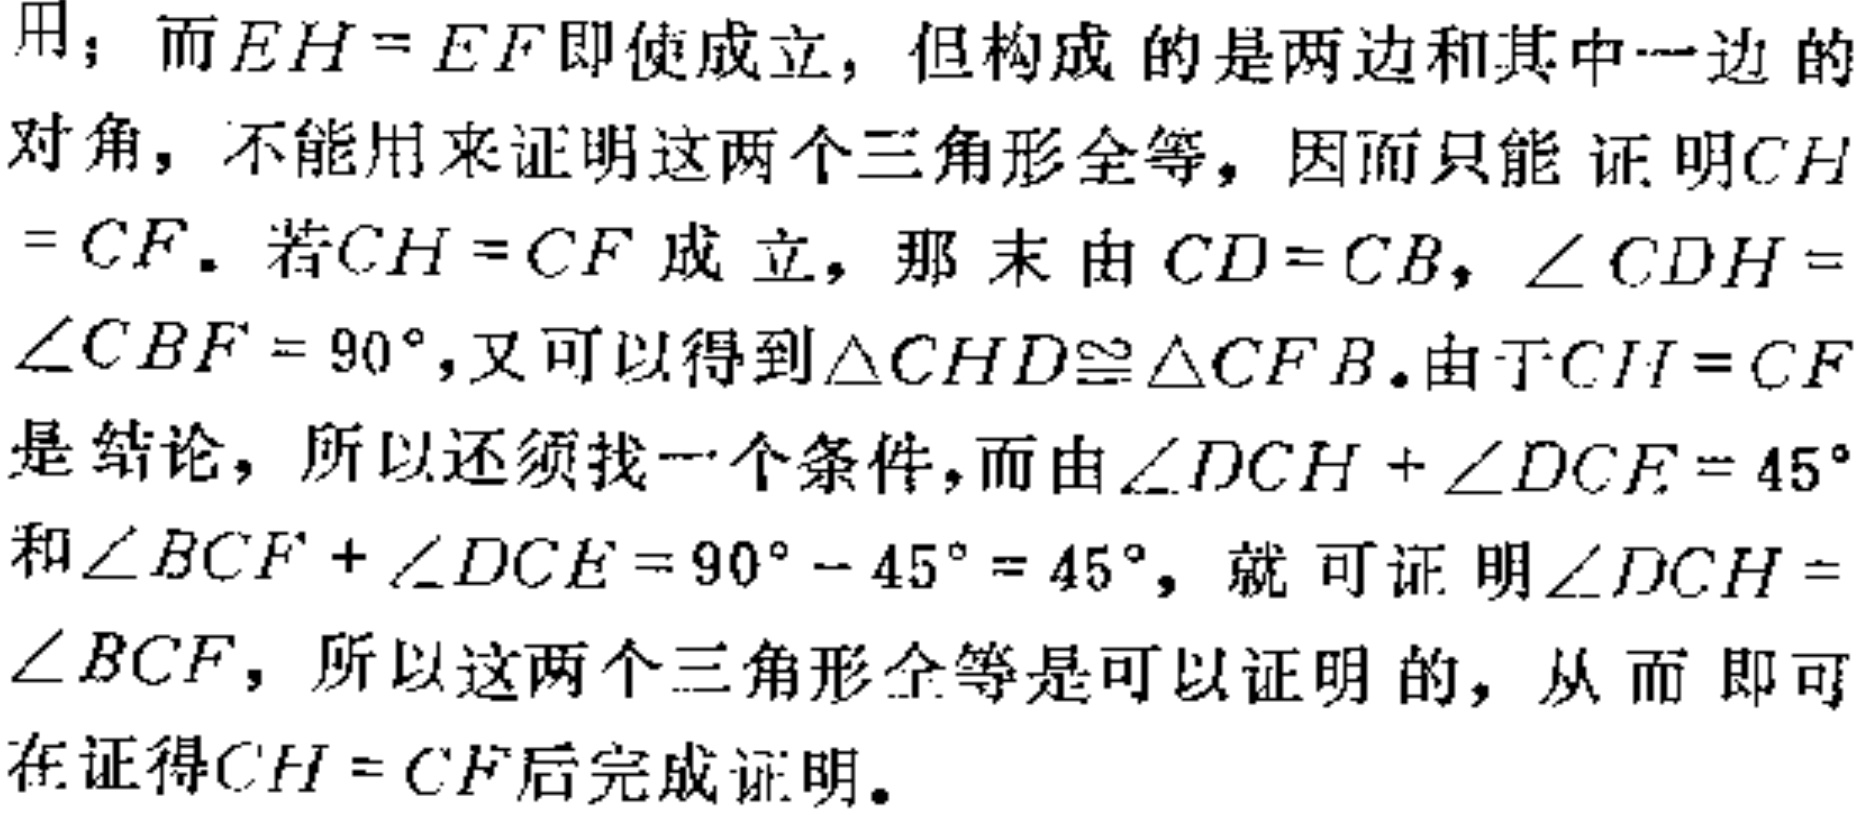
用；而\(EH = EF\)即使成立，但构成的是两边和其中一边的对角，不能用来证明这两个三角形全等，因而只能证明\(CH = CF\)。若\(CH = CF\)成立，那末由\(CD = CB\)，\(\angle CDH=\angle CBF = 90^{\circ}\)，又可以得到\(\triangle CHD\cong\triangle CFB\)。由于\(CH = CF\)是结论，所以还须找一个条件，而由\(\angle DCH+\angle DCE = 45^{\circ}\)和\(\angle BCF+\angle DCE = 90^{\circ}-45^{\circ}= 45^{\circ}\)，就可证明\(\angle DCH=\angle BCF\)，所以这两个三角形全等是可以证明的，从而即可在证得\(CH = CF\)后完成证明。